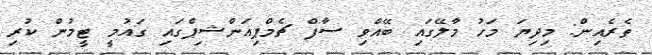
ތެރެއިން: މިދިޔަ މަހު މާލޭގައި ބޭއްވި ސާފް ޗެމްޕިއަންޝިޕްގައި ގައުމީ ޓީމުން ކުރި